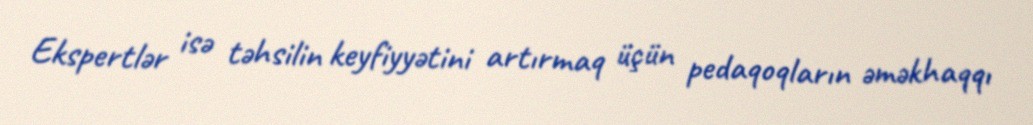
Ekspertlər isə təhsilin keyfiyyətini artırmaq üçün pedaqoqların əməkhaqqı